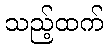
သည့်ထက်